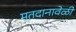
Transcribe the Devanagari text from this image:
मतदानावेळी